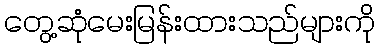
တွေ့ဆုံမေးမြန်းထားသည်များကို